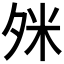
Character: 𪤹